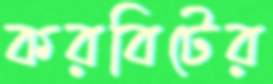
করবিটের